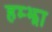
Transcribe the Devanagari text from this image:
हम्झा